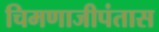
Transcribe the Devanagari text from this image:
चिमणाजीपंतास